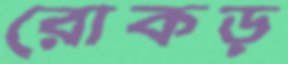
রোকড়